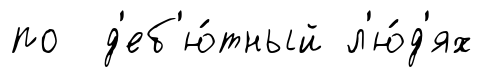
по д'еб'ю́тный л'ю́д'ях